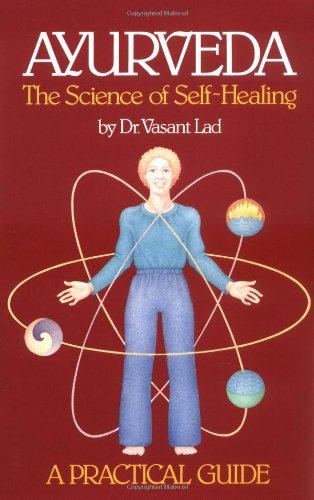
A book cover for Ayurveda: The Science of Self Healing: A Practical Guide; Vasant Lad; Health, Fitness & Dieting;